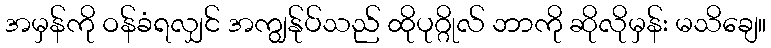
အမှန်ကို ဝန်ခံရလျှင် အကျွန်ုပ်သည် ထိုပုဂ္ဂိုလ် ဘာကို ဆိုလိုမှန်း မသိချေ။